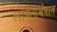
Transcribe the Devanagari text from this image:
लोकगर्भपात